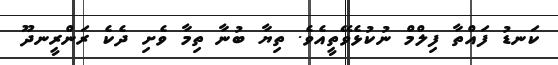
ކަނޑު ފައްތާ ފިލްމް ނުކުޅެވޭތީއެވެ. ތިޔާ ބުނާ ތިމާ ވެށި ދެކެ ރަންރީނދޫ